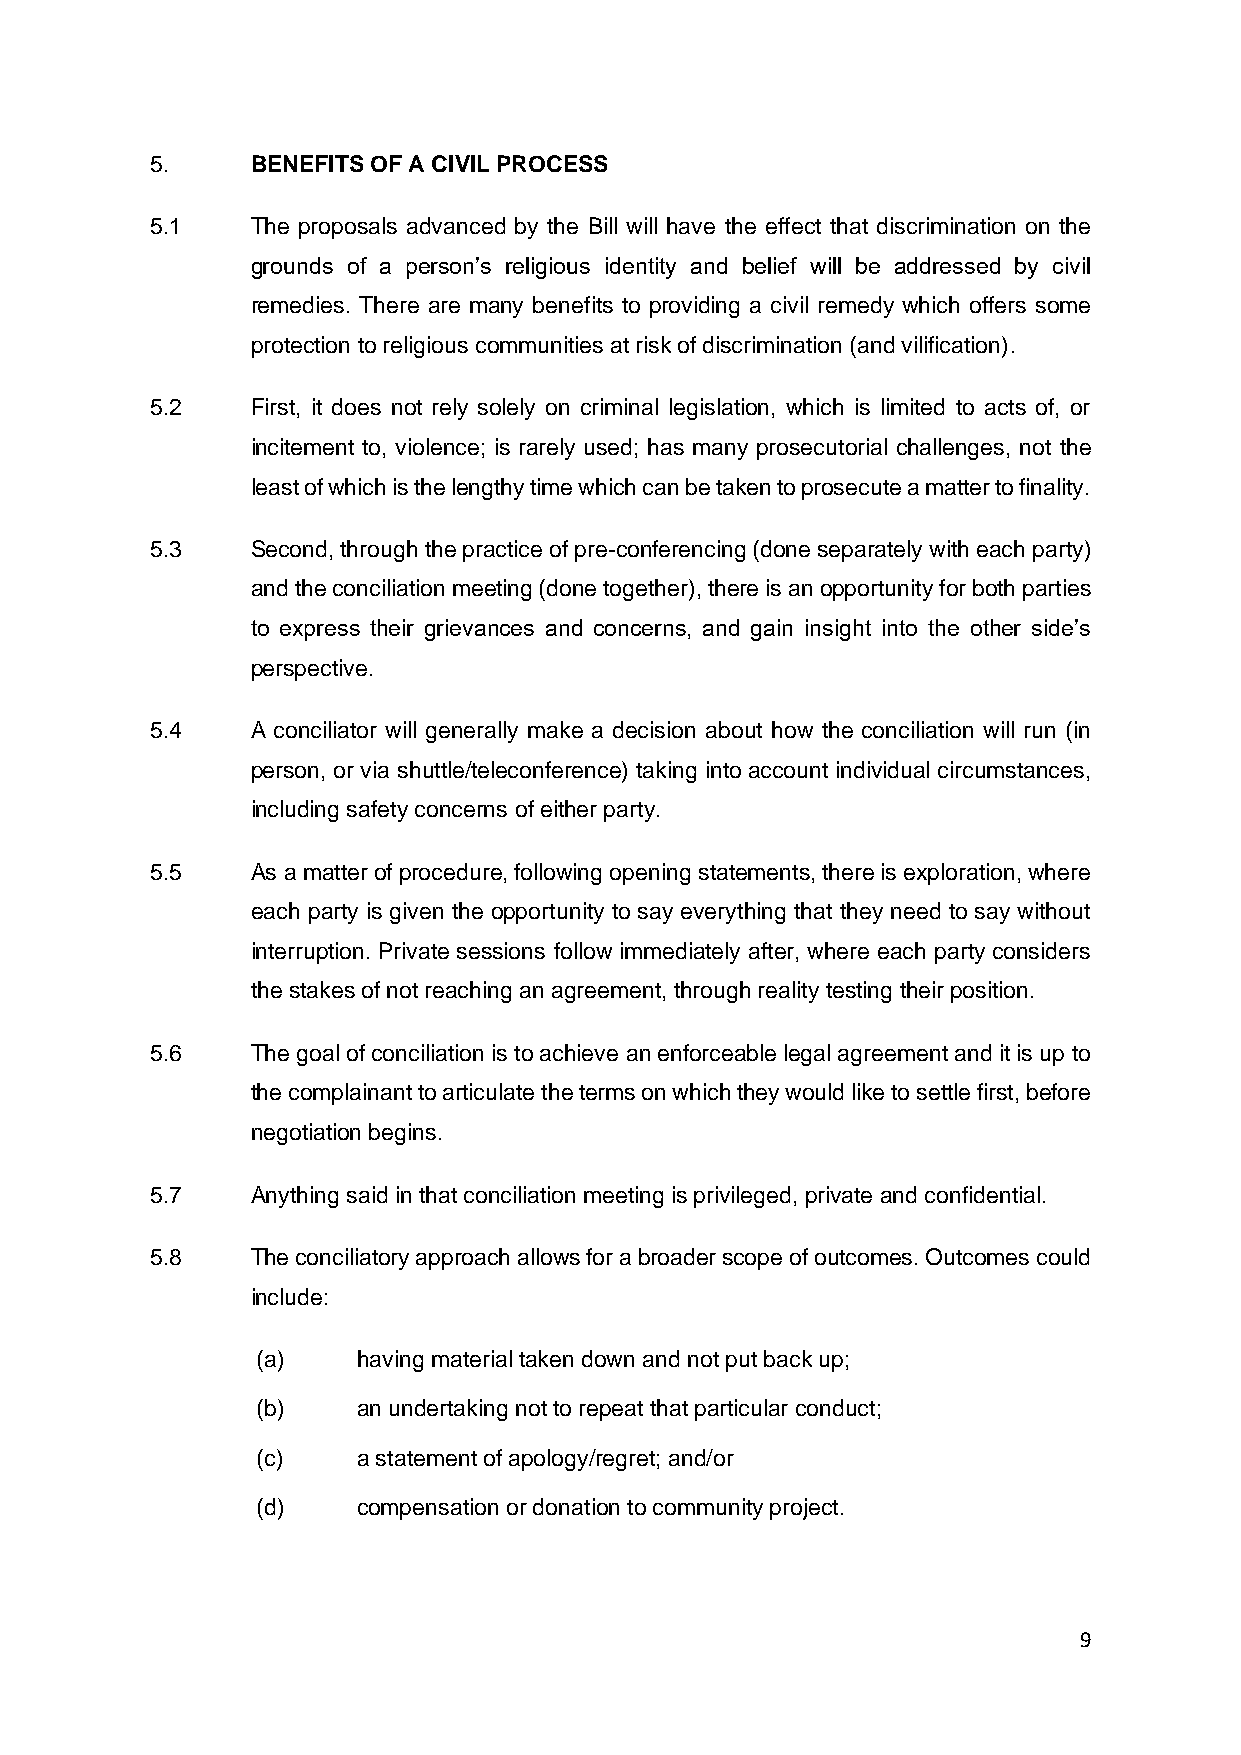
5.     BENEFITS OF A CIVIL PROCESS
 5.1    The proposals advanced by the Bill will have the effect that discrimination on the
 grounds of a person’s religious identity and belief will be addressed by civil
 remedies. There are many benefits to providing a civil remedy which offers some
 protection to religious communities at risk of discrimination (and vilification).
 5.2    First, it does not rely solely on criminal legislation, which is limited to acts of, or
 incitement to, violence; is rarely used; has many prosecutorial challenges, not the
 least of which is the lengthy time which can be taken to prosecute a matter to finality.
 5.3    Second, through the practice of pre-conferencing (done separately with each party)
 and the conciliation meeting (done together), there is an opportunity for both parties
 to express their grievances and concerns, and gain insight into the other side’s
 perspective.
 5.4    A conciliator will generally make a decision about how the conciliation will run (in
 person, or via shuttle/teleconference) taking into account individual circumstances,
 including safety concerns of either party.
 5.5    As a matter of procedure, following opening statements, there is exploration, where
 each party is given the opportunity to say everything that they need to say without
 interruption. Private sessions follow immediately after, where each party considers
 the stakes of not reaching an agreement, through reality testing their position.
 5.6    The goal of conciliation is to achieve an enforceable legal agreement and it is up to
 the complainant to articulate the terms on which they would like to settle first, before
 negotiation begins.
 5.7    Anything said in that conciliation meeting is privileged, private and confidential.
 5.8    The conciliatory approach allows for a broader scope of outcomes. Outcomes could
 include:
 (a)    having material taken down and not put back up;
 (b)    an undertaking not to repeat that particular conduct;
 (c)    a statement of apology/regret; and/or
 (d)    compensation or donation to community project.
 9